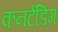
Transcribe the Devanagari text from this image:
कनटेंडिंग